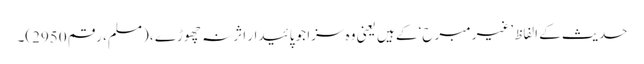
حدیث کے الفاظ ’غیر مبرح‘ کے ہیں یعنی وہ سزا جو پائیدار اثر نہ چھوڑے ، (مسلم، رقم 2950)۔